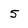
Character: 5